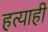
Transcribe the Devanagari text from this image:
हत्याही